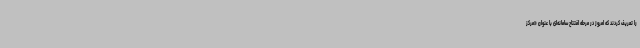
را تعریف کردند که امروز در مرحله افتتاح سامانه‌ای با عنوان «مرکز